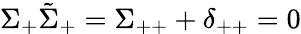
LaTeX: \Sigma_{+}\tilde{\Sigma}_{+}=\Sigma_{++}+\delta_{++}=0